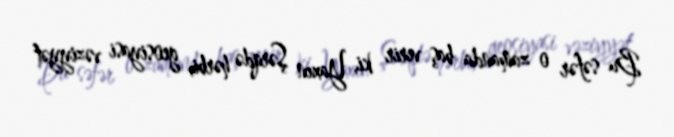
Bu səfər o zamanda baş verir ki, Yaxın Şərqdə hərbi, geosiyasi vəziyyət